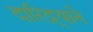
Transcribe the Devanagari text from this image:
दारिद्र्याने